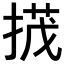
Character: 𢰝